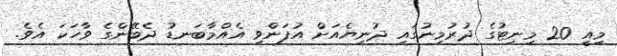
މިއީ 20 މިނިޓުގެ ދުރުމިނުގައި ދުނިޔެއަށް އުފަންވި އެއްމާބަނޑު ދެބޭންގެ ވާހަކަ އެވެ.